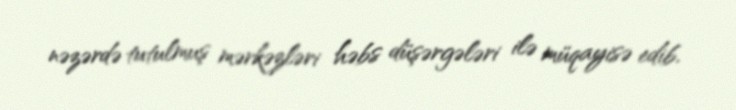
nəzərdə tutulmuş mərkəzləri həbs düşərgələri ilə müqayisə edib.